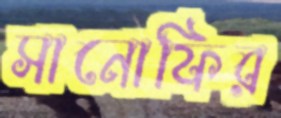
সানোফির